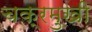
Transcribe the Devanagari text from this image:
चक्रमुखी